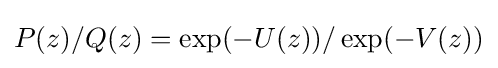
P(z)/Q(z)=\exp(-U(z))/\exp(-V(z))